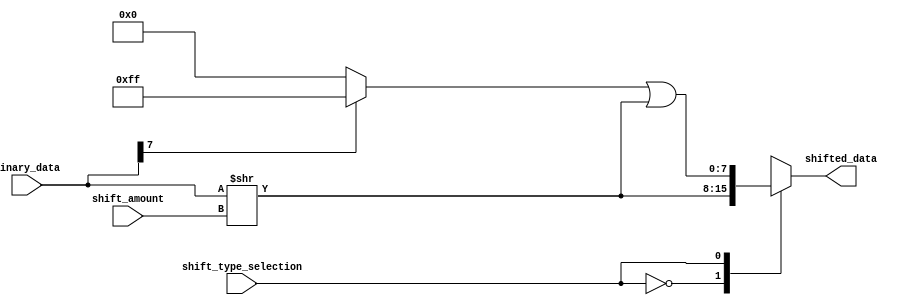
module barrel_shifter (
    input [7:0] binary_data,
    input [3:0] shift_amount,
    input shift_type_selection,
    output reg [7:0] shifted_data
);

always @ (*) begin
    case (shift_type_selection)
        1'b0: // logical shift
            shifted_data = binary_data >> shift_amount;
        1'b1: // arithmetic shift
            shifted_data = (binary_data[7] ? {8{binary_data[7]}} : 8'b0) | (binary_data >> shift_amount);
        default:
            shifted_data = 8'b0;
    endcase
end

endmodule